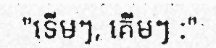
"ទើមៗ, គើមៗ :"